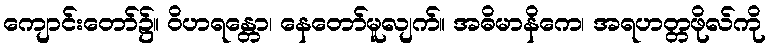
ကျောင်းတော်၌။ ဝိဟရန္တော၊ နေတော်မူလျက်။ အဓိမာနိကေ၊ အရဟတ္တဖိုလ်ကို